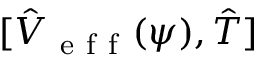
[ \hat { V } _ { \mathrm { ~ e ~ f ~ f ~ } } ( \psi ) , \hat { T } ]